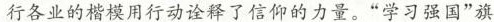
行各业的楷模用行动诠释了信仰的力量。”学习强国”旗